Trukikaitis_Postimees, lk 539
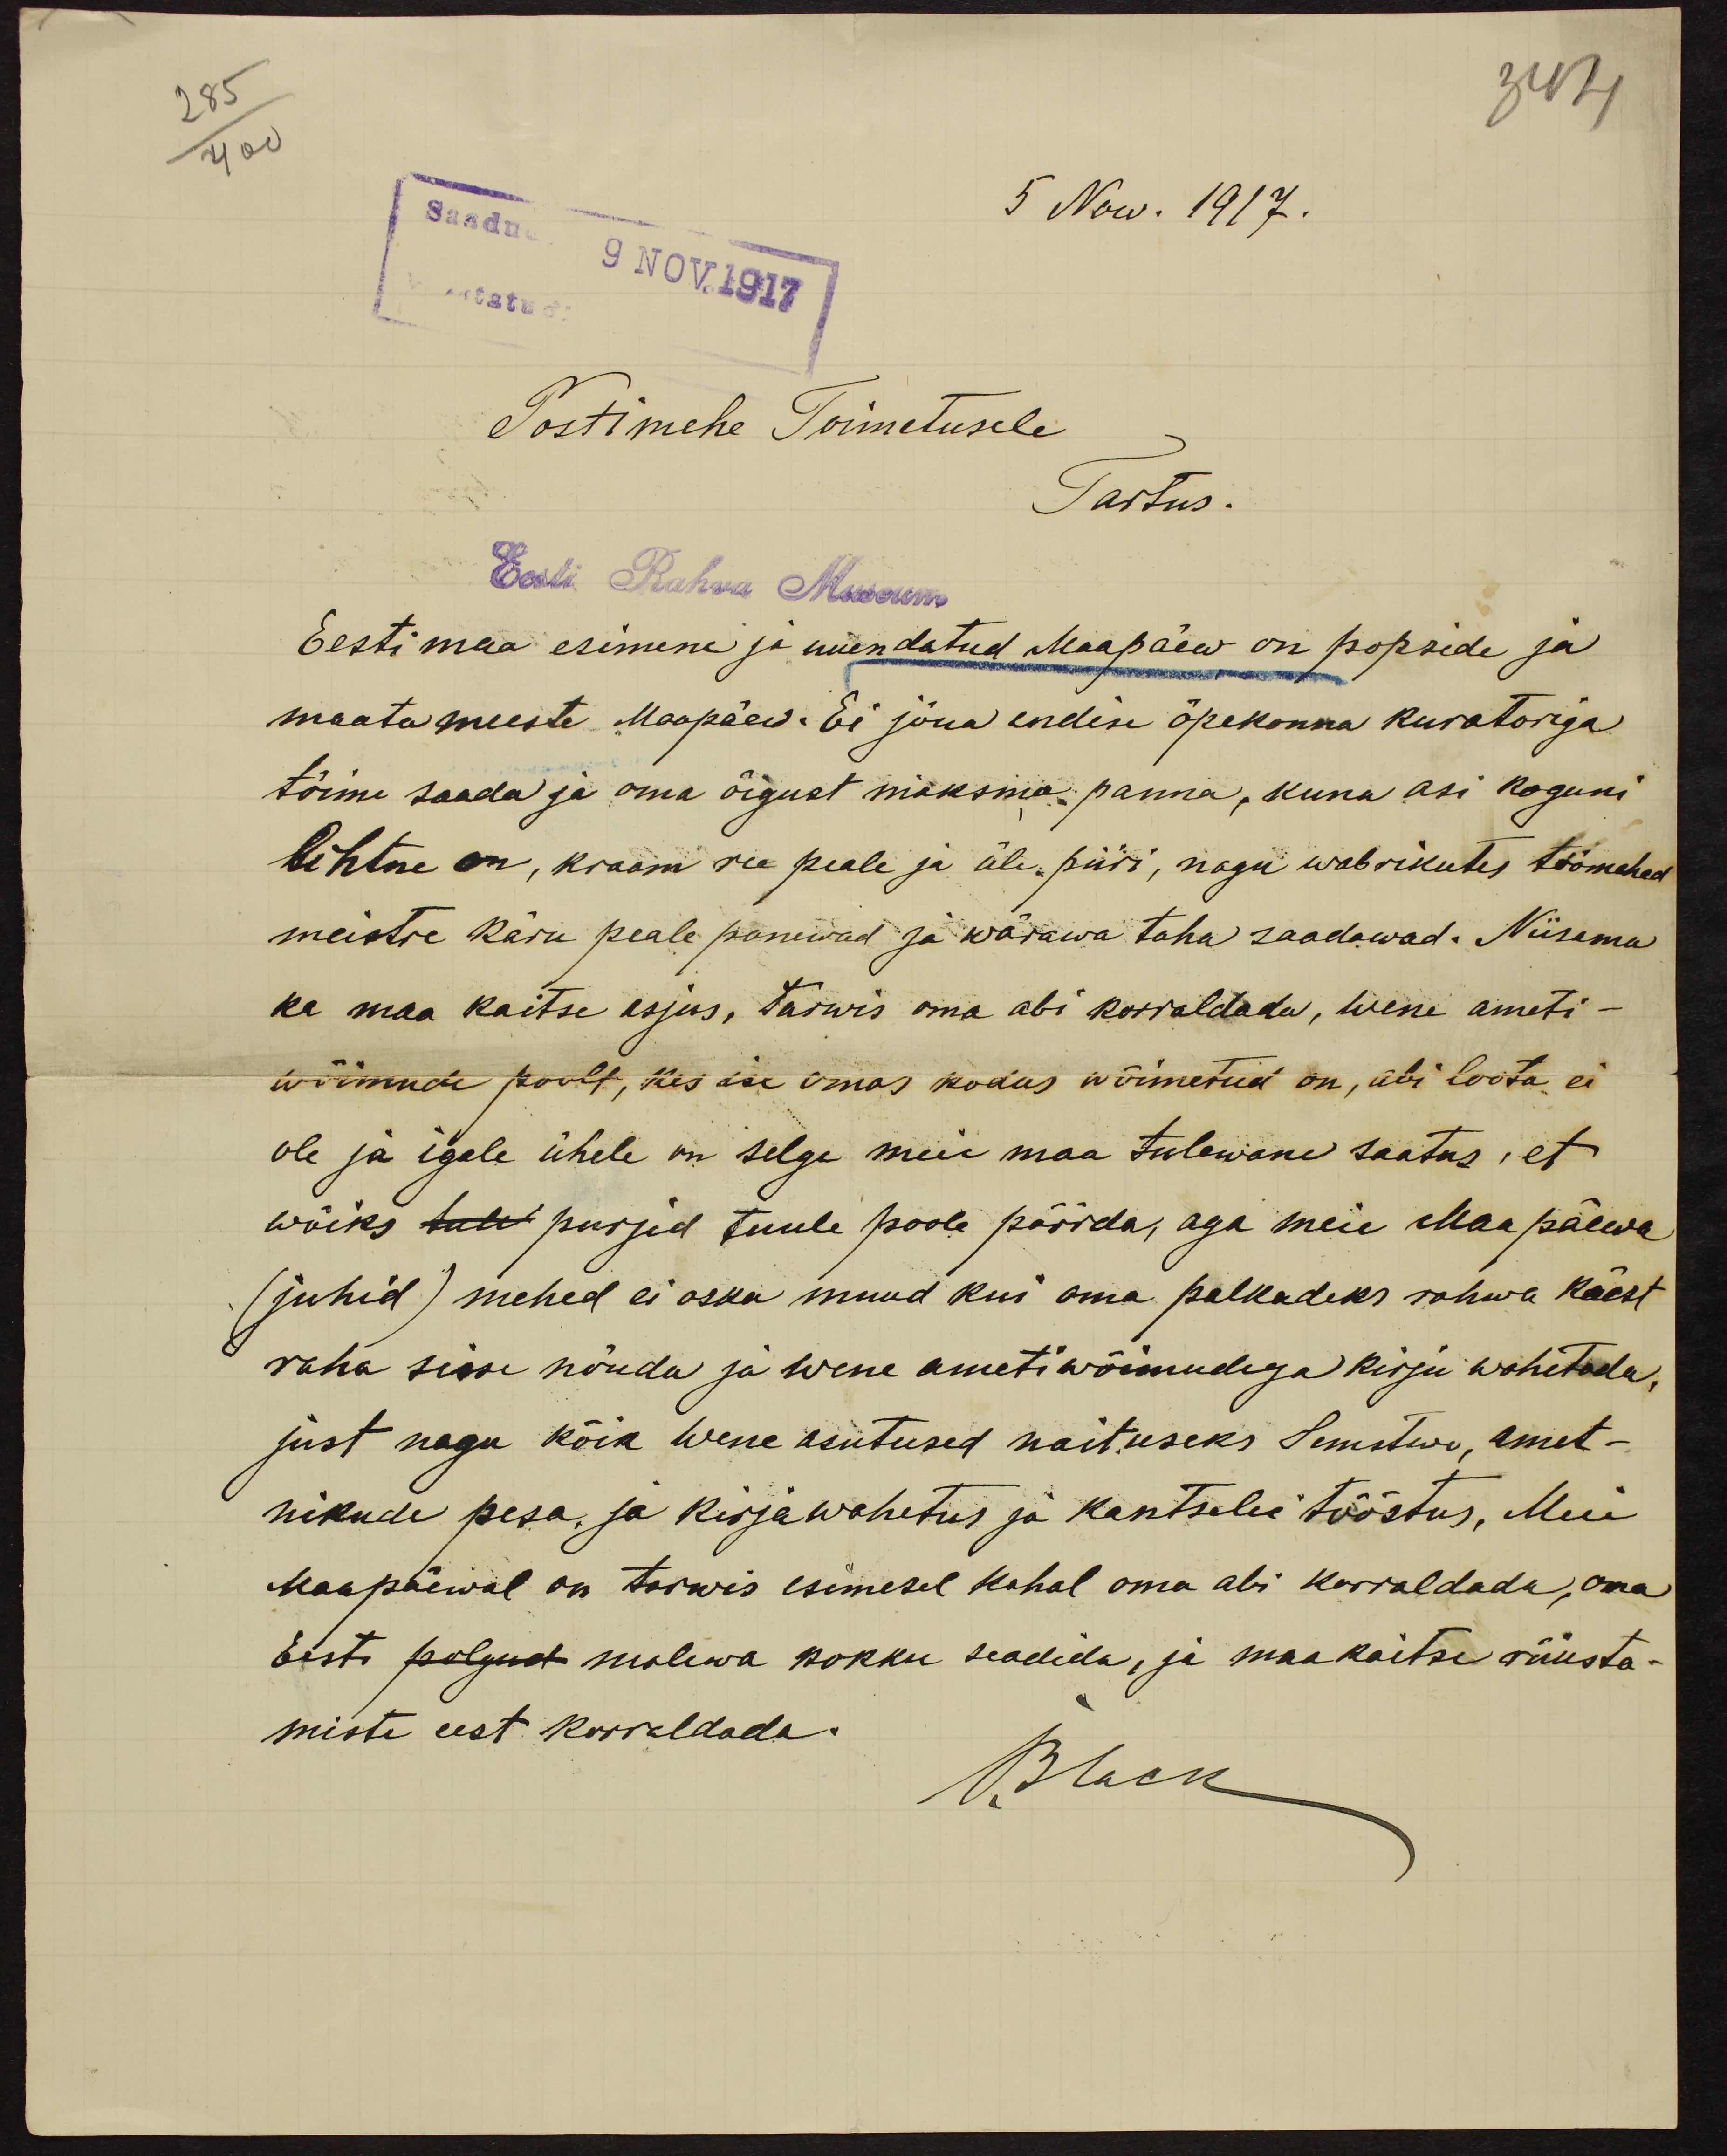
5 Now. 1917.
Postimehe Toimetusele
Tartus.
Eesti Rahva Museum
Eesti maa esimene ja uuendatud Maapäew on popside ja
maatameeste Maapäew. Ei jõua endise õpekonna kuratoriga
tõime saada ja oma õigust maksma panna, kuna asi koguni
lihtne on, kraam see peale ja üle piiri, nagu wabrikutes töömehed
meistre käsu peale panewad ja wärawa taha saadawad. Niisama
ka maa kaitse asjus, tarwis oma abi korraldada, wene ameti-
wõimude poolt, kes ise omas kodus wõimetud on, abi loota ei
ole ja igale ühele on selge meie maa tulewane saatus, et
wõiks tule purjid tuule poole pöörda, aga meie Maapäewa
(juhid) mehed ei oska muud kui oma palkadeks rahwa käest
raha sisse nõuda ja wene ametiwõimudega kirju wahetada,
just nagu kõik Wene asutused näituseks Semitewi, amet-
nikude pesa, ja kirjawahetus ja kantselei tööstus, Meie
Maapäewal on tarwis esimesel kohal oma abi korraldada, oma
Eesti polgud malewa kokku seadida, ja maa kaitse rüüsta-
miste eest korraldada.
Bach